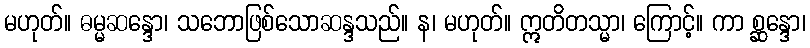
မဟုတ်။ ဓမ္မဆန္ဒော၊ သဘောဖြစ်သောဆန္ဒသည်။ န၊ မဟုတ်။ ဣတိတသ္မာ၊ ကြောင့်။ ကာ စ္ဆန္ဒော၊